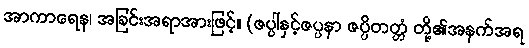
အာကာရေန၊ အခြင်းအရာအားဖြင့်။ (ဇပ္ပါနှင့်ဇပ္ပနာ ဇပ္ပိတတ္တံ တို့၏အနက်အရ